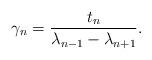
LaTeX: \begin{align*}\gamma_{n}=\frac{t_{n}}{\lambda_{n-1}-\lambda_{n+1}}.\end{align*}